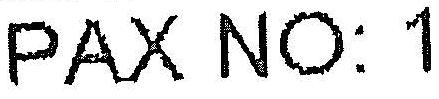
PAX NO: 1